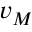
v _ { M }